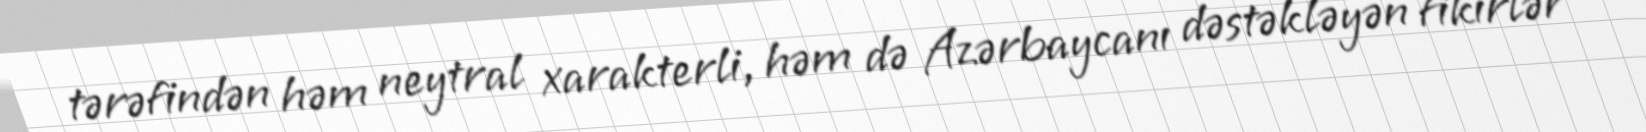
tərəfindən həm neytral xarakterli, həm də Azərbaycanı dəstəkləyən fikirlər